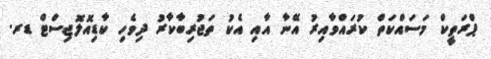
ޕްރަތީކް މަސައްކަތް ކުރައްވާއިރު އޭނާ އާއި އެކު ތަޖުރިބާކާރު ދިވެހި ކާޑިއޮލޮޖިސްޓް ޑރ.